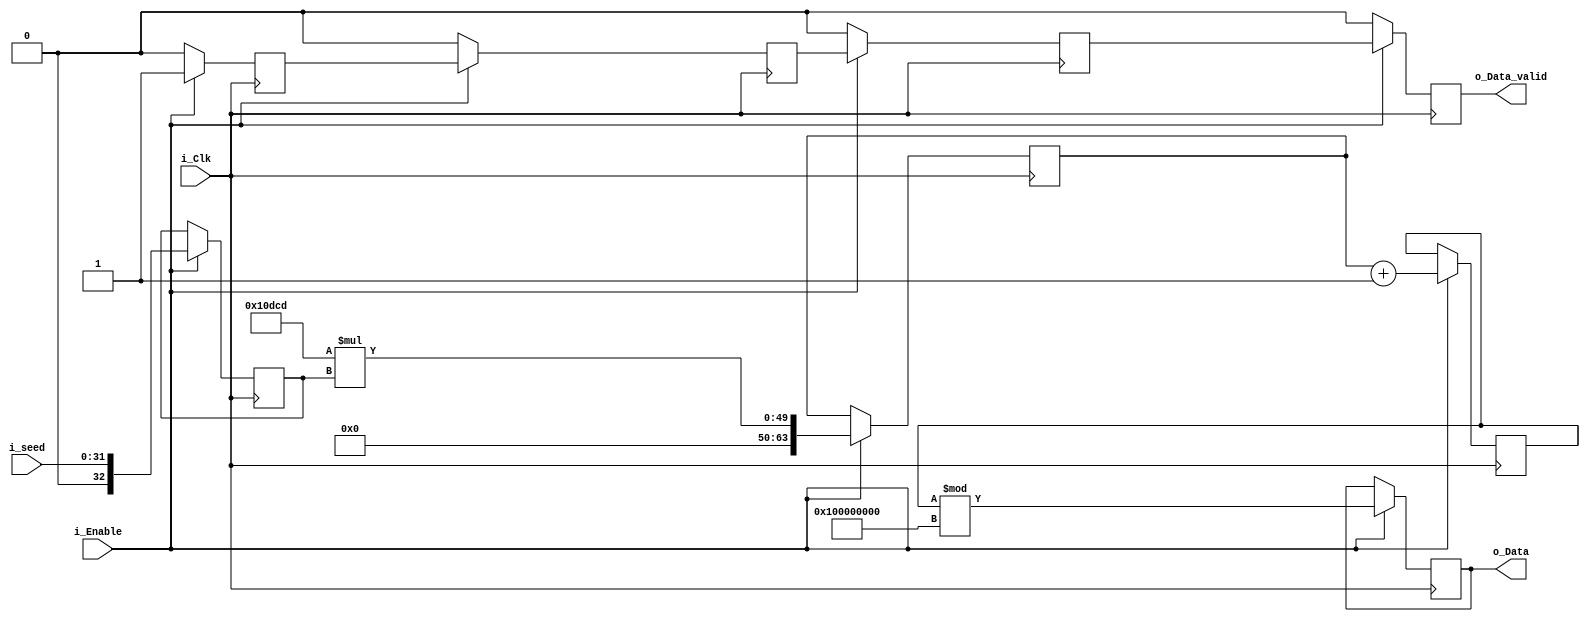

module GCL(
	input i_Clk,
	input i_Enable,
	input [31:0] i_seed,
	
	output reg [63:0] o_Data,
	output reg o_Data_valid
	);
	
	reg data_valid_1; initial data_valid_1 = 0;
	reg data_valid_2; initial data_valid_2 = 0;
	reg data_valid_3; initial data_valid_3 = 0;
	
	reg [32:0] reg_seed;
	
	parameter [32:0] m = 2 ** 32;
	parameter [32:0] a = 69069;
	parameter [32:0] c = 1;
	
	
	reg [63:0] reg_mult;
	reg [63:0] reg_suma;
		
   initial o_Data = 0;
   always @ (posedge i_Clk)
   if(i_Enable)
	begin
		
		// Registro entradas 
		reg_seed <= i_seed;
		data_valid_1 <= 1;
		
		// Calculo multiplicacion y pospongo entradas
		reg_mult <= a * reg_seed;
		data_valid_2 <= data_valid_1;
		
		// Calculo suma y pospongo entradas
		reg_suma <= reg_mult + c;
		data_valid_3 <= data_valid_2;
		
		// Calculo Salida
		o_Data <= reg_suma % m;
		o_Data_valid <= data_valid_3;
	end
	else
	begin
		data_valid_1 <= 0;
		data_valid_2 <= 0;
		data_valid_3 <= 0;
		o_Data_valid <= 0;
	end
		
	
	
endmodule